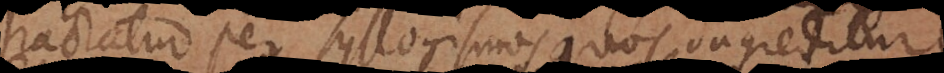
tractatur per Syllogismos quos ingreditur